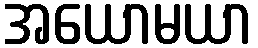
အယောမယာ